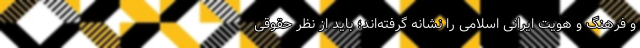
و فرهنگ و هویت ایرانی اسلامی را نشانه گرفته‌اند؛ باید از نظر حقوقی